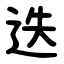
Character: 迭